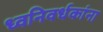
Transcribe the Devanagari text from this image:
ध्वनिवर्धकांना